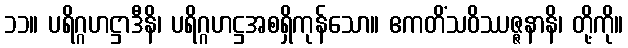
၁၁။ ပရိဂ္ဂဟဋ္ဌာဒီနိ၊ ပရိဂ္ဂဟဋ္ဌအစရှိကုန်သော။ ဧကတိံသဝိဿဇ္ဇနာနိ၊ တို့ကို။